Annual returns of the Patna Lunatic Asylum at Bankipore in Bihar and Orissa - 1912-1924
Year: 1912
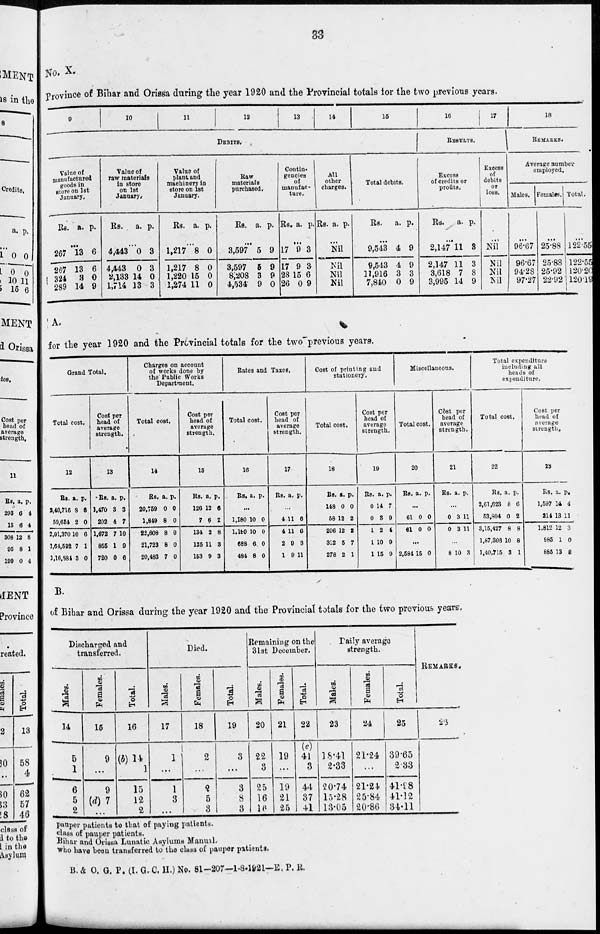
33
No. X.
Province of Bihar and Orissa during the year 1920 and the Provincial totals for the two previous years.
9
10
11
12
13
14
15
DEBITS.
Value of
manufactured
goods in
store on 1st
January.
Rs. a. p.
...
267
267
324
289
13
13
3
14
6
6
0
9
Value of
raw materials
In store
on 1st
January.
Rs. a. p.
...
4,443
4,443
2,133
1,714
0
0
14
13
3
3
0
3
Value of
plant and
machinery in
store on 1st
January.
Rs. a. p.
...
1,217
1,217
1,220
1,274
8
8
15
11
0
0
0
0
Raw
materials
purchased.
Rs. a. p.
...
3,597
3,597
8,208
4,534
5
5
3
9
9
9
9
0
Contin-
gencies
of
manufac-
ture.
Rs. a. p.
...
17
17
28
26
9
9
15
0
3
3
6
9
All
other
charges.
Rs. a p.
...
Nil
Nil
Nil
Nil
Total debits.
Rs. a. p.
...
9,513
9,513
11,916
7,840
4
4
3
0
9
9
3
9
16
17
RESULTS.
Excess
of credits or
profits.
Rs. a. p.
...
2,147
2,147
3,618
3,995
11
11
7
14
3
3
8
9
Excess
of
debits
or
loss.
...
Nil
Nil
Nil
Nil
18
REMARKS.
Average number
employed.
Males.
...
96.67
96.67
94.28
97.27
Females.
...
25.88
25.88
25.92
22.92
Total.
...
122.55
122.55
120.20
120.12
A.
for the year 1920 and the Provincial totals for the two previous years.
Grand Total.
Total cost.
12
Rs.
2,40,716
50,654
2,91,370
1,64,592
1,16,884
a.
3
2
10
7
3
p.
6
0
6
1
0
Cost per
head of
average
strength.
13
Rs.
1,470
202
1,672
855
720
a.
3
4
7
1
0
p.
3
7
10
0
6
Charges on account
of works done by
the Public Works
Department.
Total cost.
14
Rs.
20,759
1,849
22,608
21,723
20,483
a.
0
8
8
8
7
p.
0
0
0
0
0
Cost per
head of
average
strength.
15
Rs.
126
7
134
125
153
a.
12
6
2
11
9
p.
6
2
8
8
3
Rates and Taxes.
Total cost.
16
Rs. a. p.
...
1,180
1,180
688
484
10
10
6
8
0
0
0
0
Cost per
head of
average
strength.
17
Rs. a. p.
...
4
4
2
1
11
11
0
9
6
0
3
11
Cost of printing and
stationery.
Total cost.
18
Rs.
148
58
206
3:2
278
a.
0
12
12
5
2
p.
0
2
2
7
1
Cost per
head of
average
strength.
19
Rs.
0
0
1
1
1
a.
14
3
2
10
15
p.
7
9
4
9
1
Miscellaneous.
Total cost.
20
Rs. a. p.
...
61
61
0
0
0
0
...
2,584 15 0
Cost per
head of
average
strength.
21
Rs. a. p.
...
0
0
3
3
11
11
...
8 10 3
Total expenditure
including all
heads of
expenditure.
Total cost.
22
Rs.
2,61,623
53,904
3,15,427
1,67,308
1,40,715
a.
8
0
8
10
3
p.
6
2
8
8
1
Cost per
head of
average
strength.
23
Rs.
1,597
214
1.812
985
885
a.
14
13
12
1
13
p.
4
11
3
0
8
B.
of Bihar and Orissa during the year 1920 and the Provincial totals for the two previous years.
Discharged and
transferred.
Males.
14
5
1
6
5
2
Females.
15
9
...
9
(d) 7
...
Total.
16
(b) 14
1
15
12
2
Died.
Males.
17
1
...
1
3
...
Females.
18
2
...
2
5
3
Total.
19
3
...
3
8
3
Remaining on the
31st December.
Males.
20
22
3
25
16
16
Females.
21
19
...
19
21
25
Total.
22
(c)
41 3
44
37
41
Daily average
strength.
Males.
23
18.41
2.33
20.74
15.28
13.05
Females.
24
21.24
...
21.24
25.84
20.86
Total.
25
39.65
2.33
41.98
41.12
34.11
REMARKS.
26
Pauper patients to that of paying patients.
class of pauper patients.
Bihar and Orissa Lunatic Asylums Manual.
who have been transferred to the class of pauper patients.
B. & O. G. P. (I. G. C. H.) No. 81—207—1-8-1921—E. P. R.